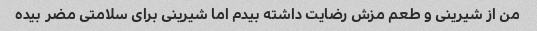
من از شیرینی و طعم مزش رضایت داشته بیدم اما شیرینی برای سلامتی مضر بیده